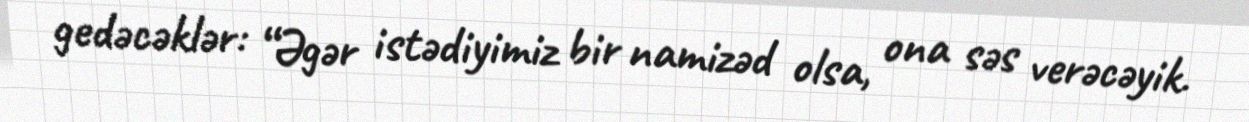
gedəcəklər: “Əgər istədiyimiz bir namizəd olsa, ona səs verəcəyik.